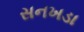
સનખડા